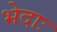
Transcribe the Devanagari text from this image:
भेदाः